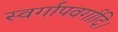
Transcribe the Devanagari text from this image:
स्वर्गापवर्गादि।